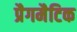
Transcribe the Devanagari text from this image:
प्रैगमैटिक